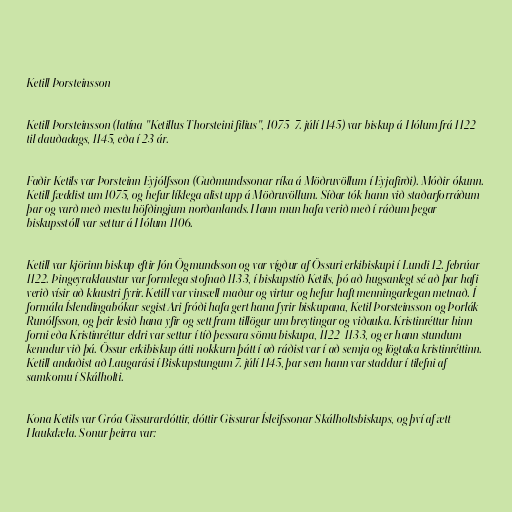
Ketill Þorsteinsson

Ketill Þorsteinsson (latína "Ketillus Thorsteini filius", 1075–7. júlí 1145) var biskup á Hólum frá 1122
til dauðadags, 1145, eða í 23 ár.

Faðir Ketils var Þorsteinn Eyjólfsson (Guðmundssonar ríka á Möðruvöllum í Eyjafirði). Móðir ókunn.
Ketill fæddist um 1075, og hefur líklega alist upp á Möðruvöllum. Síðar tók hann við staðarforráðum
þar og varð með mestu höfðingjum norðanlands. Hann mun hafa verið með í ráðum þegar
biskupsstóll var settur á Hólum 1106.

Ketill var kjörinn biskup eftir Jón Ögmundsson og var vígður af Össuri erkibiskupi í Lundi 12. febrúar
1122. Þingeyraklaustur var formlega stofnað 1133, í biskupstíð Ketils, þó að hugsanlegt sé að þar hafi
verið vísir að klaustri fyrir. Ketill var vinsæll maður og virtur og hefur haft menningarlegan metnað. Í
formála Íslendingabókar segist Ari fróði hafa gert hana fyrir biskupana, Ketil Þorsteinsson og Þorlák
Runólfsson, og þeir lesið hana yfir og sett fram tillögur um breytingar og viðauka. Kristinréttur hinn
forni eða Kristinréttur eldri var settur í tíð þessara sömu biskupa, 1122-1133, og er hann stundum
kenndur við þá. Össur erkibiskup átti nokkurn þátt í að ráðist var í að semja og lögtaka kristinréttinn.
Ketill andaðist að Laugarási í Biskupstungum 7. júlí 1145, þar sem hann var staddur í tilefni af
samkomu í Skálholti.

Kona Ketils var Gróa Gissurardóttir, dóttir Gissurar Ísleifssonar Skálholtsbiskups, og því af ætt
Haukdæla. Sonur þeirra var: